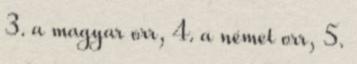
3. a magyar orr, 4. a német orr, 5.